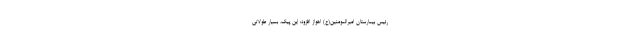
رئیس بیمارستان امیرالمومنین(ع) اهواز افزود: این پیک، بسیار طولانی